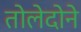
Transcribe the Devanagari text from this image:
तोलेदोने